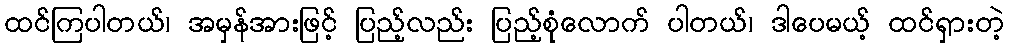
ထင်ကြပါတယ်၊ အမှန်အားဖြင့် ပြည့်လည်း ပြည့်စုံလောက် ပါတယ်၊ ဒါပေမယ့် ထင်ရှားတဲ့